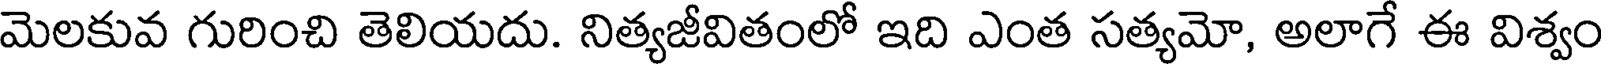
మెలకువ గురించి తెలియదు. నిత్యజీవితంలో ఇది ఎంత సత్యమో, అలాగే ఈ విశ్వం